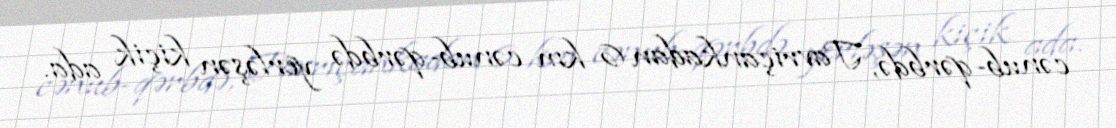
cənub-qərbdə, Tavriçankadan 6 km cənub-qərbdə yerləşən kiçik ada.